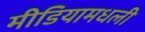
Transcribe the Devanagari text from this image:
मीडियामधली